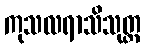
ကုသလရာသိသုတ္တ